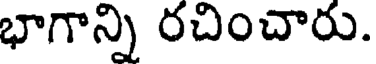
భాగాన్ని రచించారు.